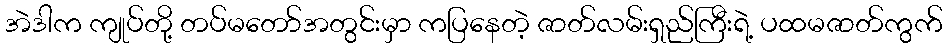
အဲဒါက ကျုပ်တို့ တပ်မတော်အတွင်းမှာ ကပြနေတဲ့ ဇာတ်လမ်းရှည်ကြီးရဲ့ ပထမဇာတ်ကွက်